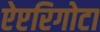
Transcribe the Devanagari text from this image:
ऐप्टरिगोटा